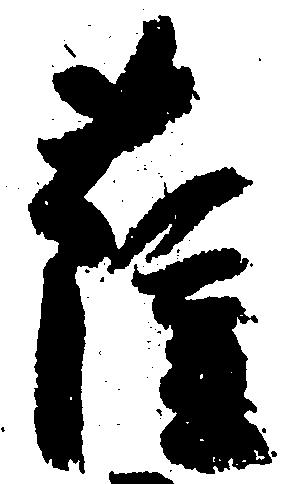
薩